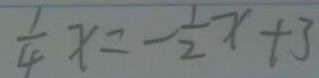
\frac { 1 } { 4 } x = - \frac { 1 } { 2 } x + 3